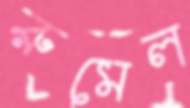
রুমেল